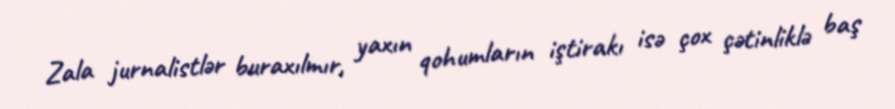
Zala jurnalistlər buraxılmır, yaxın qohumların iştirakı isə çox çətinliklə baş